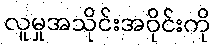
လူမှုအသိုင်းအဝိုင်းကို